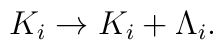
K_i \rightarrow K_i + \Lambda_i.